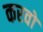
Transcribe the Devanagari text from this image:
करवों